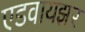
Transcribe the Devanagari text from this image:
एडवायझर